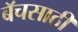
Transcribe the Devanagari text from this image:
बॅचसाठी